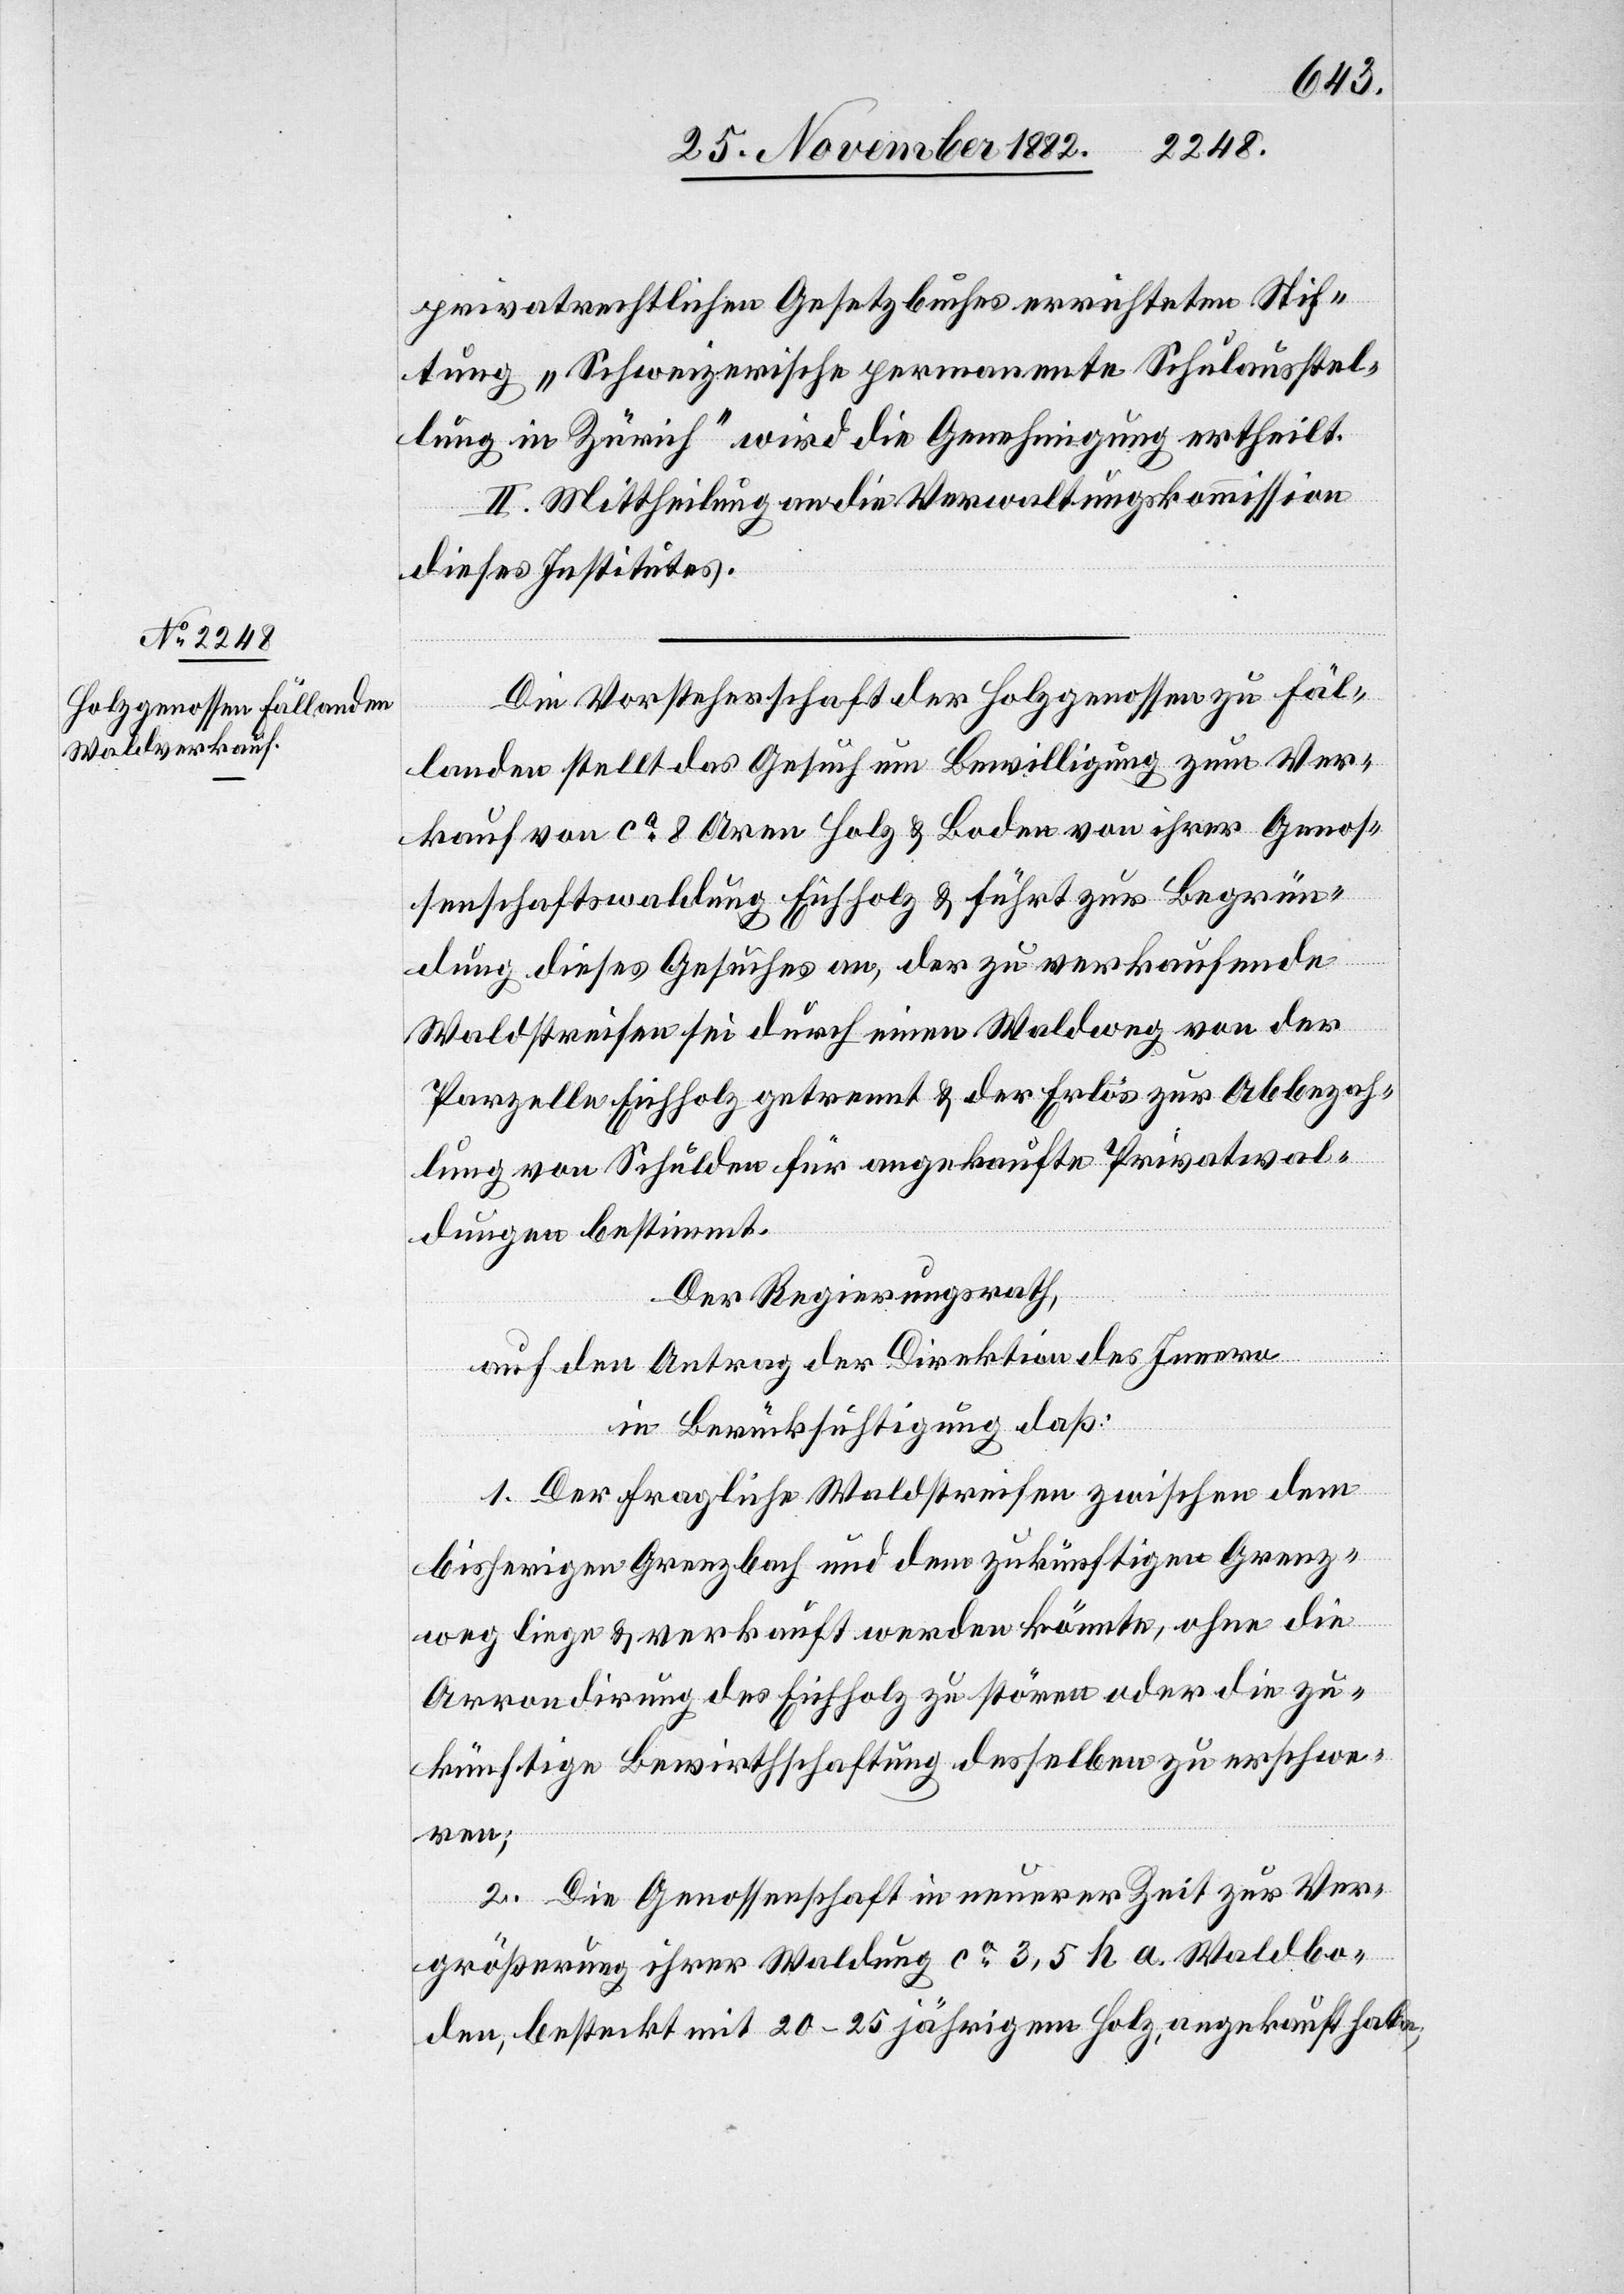
privatrechtlichen Gesetzbuches errichteten Stif¬
tung „Schweizerische permanente Schulausstel¬
lung in Zürich“ wird die Genehmigung ertheilt.
II. Mittheilung an die Verwaltungskommission
dieses Institutes.
Die Vorsteherschaft der Holzgenossen zu Fäl¬
landen stellt das Gesuch um Bewilligung zum Ver¬
kauf von ca 8 Aren Holz & Boden von ihrer Genos¬
senschaftswaldung Eichholz & führt zur Begrün¬
dung dieses Gesuches an, der zu verkaufende
Waldstreifen sei durch einen Waldweg von der
Parzelle Eichholz getrennt & der Erlös zur Abbezah¬
lung von Schulden für angekaufte Privatwal¬
dungen bestimmt.
Der Regierungsrath,
auf den Antrag der Direktion des Innern
in Berücksichtigung daß:
1. Der fragliche Waldstreifen zwischen dem
bisherigen Grenzbach und dem zukünftigen Grenz¬
weg liege & verkauft werden könnte, ohne die
Arrondirung des Eichholz zu stören oder die zu¬
künftige Bewirthschaftung desselben zu erschwe¬
ren;
2. Die Genossenschaft in neuerer Zeit zur Ver¬
größerung ihrer Waldung ca 3,5 h a. Waldbo¬
den, besteckt mit 20–25 jährigem Holz, angekauft habe;